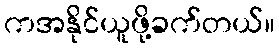
ကအနိုင်ယူဖို့ခက်တယ်။